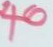
40